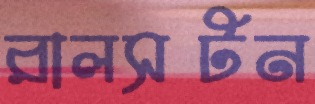
রালসটন